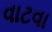
વાટવા